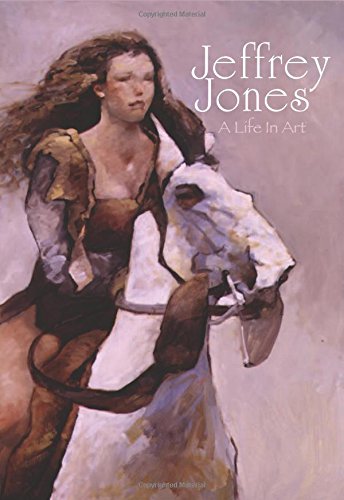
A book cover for Jeffrey Jones: A Life in Art; Jeffrey Jones; Comics & Graphic Novels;